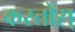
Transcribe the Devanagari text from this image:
करतोस्